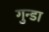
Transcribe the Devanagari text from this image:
गुन्डा